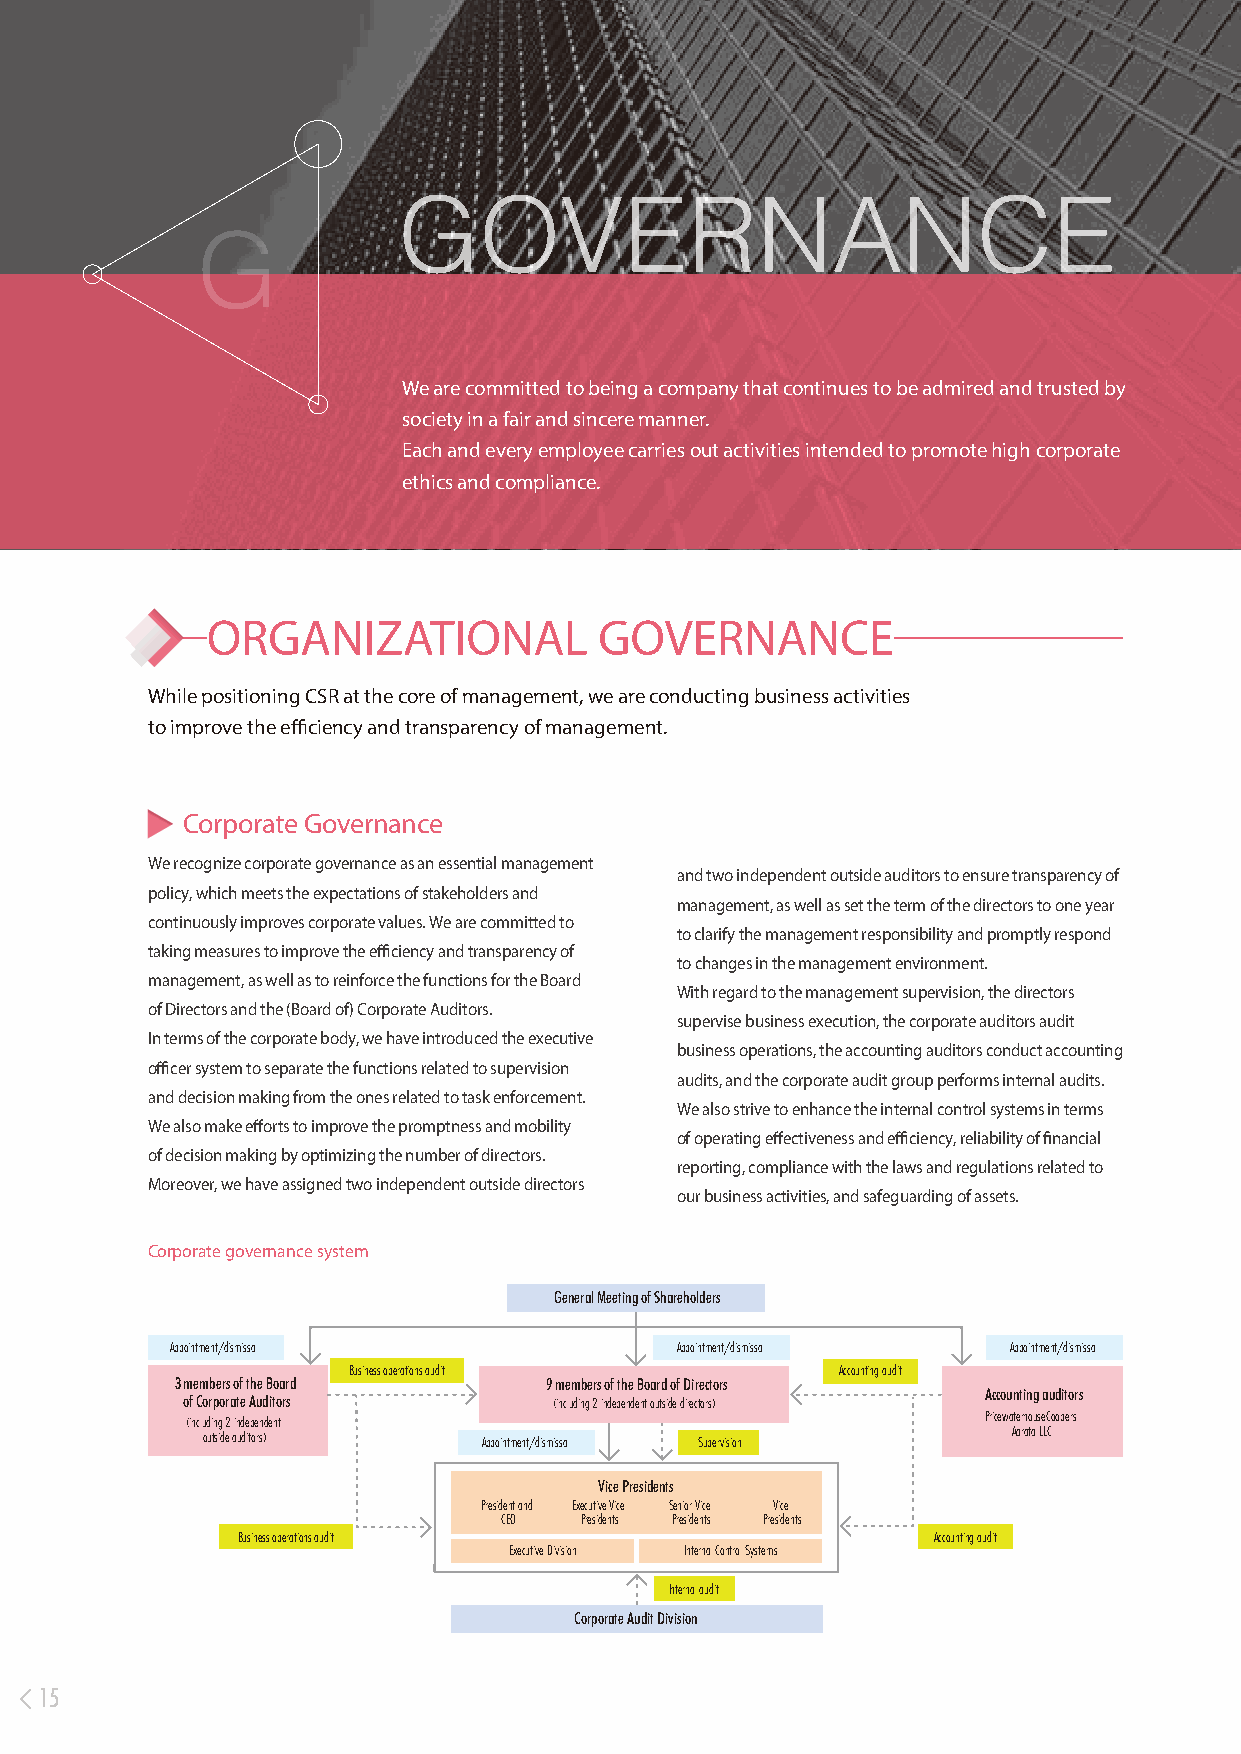
GOVERNANCE
 G
 We are committed to being a company that continues to be admired and trusted by
 society in a fair and sincere manner.
 Each and every employee carries out activities intended to promote high corporate
 ethics and compliance.
 ORGANIZATIONAL            GOVERNANCE
 While positioning CSR at the core of management, we are conducting business activities
 to improve the efficiency and transparency of management.
 Corporate Governance
 We recognize corporate governance as an essential management
 and two independent outside auditors to ensure transparency of
 policy, which meets the expectations of stakeholders and
 management, as well as set the term of the directors to one year
 continuously improves corporate values. We are committed to
 to clarify the management responsibility and promptly respond
 taking measures to improve the efficiency and transparency of
 to changes in the management environment.
 management, as well as to reinforce the functions for the Board
 With regard to the management supervision, the directors
 of Directors and the (Board of) Corporate Auditors.
 supervise business execution, the corporate auditors audit
 In terms of the corporate body, we have introduced the executive
 business operations, the accounting auditors conduct accounting
 officer system to separate the functions related to supervision
 audits, and the corporate audit group performs internal audits.
 and decision making from the ones related to task enforcement.
 We also strive to enhance the internal control systems in terms
 We also make efforts to improve the promptness and mobility
 of operating effectiveness and efficiency, reliability of financial
 of decision making by optimizing the number of directors.
 reporting, compliance with the laws and regulations related to
 Moreover, we have assigned two independent outside directors
 our business activities, and safeguarding of assets.
 Corporate governance system
 General Meeting of Shareholders
 Appointment/dismissal             Appointment/dismissal Appointment/dismissal
 Business operations audit        Accounting audit
 3 members of the Board  9 members of the Board of Directors
 of Corporate Auditors    (including 2 independent outside directo rs)
 Accounting auditors
 (including 2 independent                             PricewaterhouseCoopers
 outside auditors)  Appointment/dismissal Supervision  Aarata LLC
 Vice Presidents
 President and Executive Vice Senior Vice Vice
 CEO  Presidents Presidents Presidents
 Business operations audit                     Accounting audit
 Executive Division Internal Control Systems
 Internal audit
 Corporate Audit Division
 15